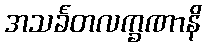
အသင်္ခတလက္ခဏာနိ